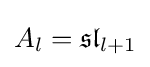
A_{l}={\mathfrak {sl}}_{l+1}